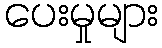
ပေးမှုများ